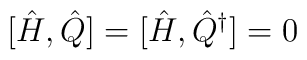
[\hat H,\hat Q]=[\hat H,\hat Q^\dagger]=0